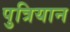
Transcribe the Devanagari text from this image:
पुत्रियान